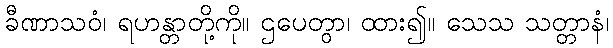
ခီဏာသဝံ၊ ရဟန္တာတို့ကို။ ဌပေတွာ၊ ထား၍။ သေသ သတ္တာနံ၊